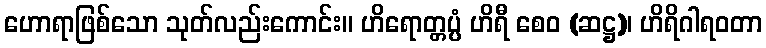
ဟောရာဖြစ်သော သုတ်လည်းကောင်း။ ဟိရောတ္တပ္ပံ ဟိရီ စေဝ (ဆဋ္ဌ)၊ ဟိရိဂါရဝတာ